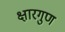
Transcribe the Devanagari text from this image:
क्षारगुण